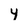
Character: 4